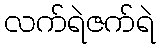
လက်ရဲဇက်ရဲ